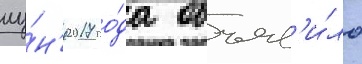
иу́н'я 2017 го́да объяв'и́ло